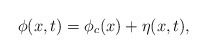
\begin{align*}\phi(x,t) = \phi_c(x) + \eta (x,t),\end{align*}